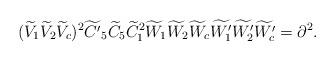
LaTeX: \begin{align*}(\widetilde{V}_1 \widetilde{V}_2 \widetilde{V}_c)^2 \widetilde{C^\prime}_5 \widetilde{C}_5 \widetilde{C}_1^2 \widetilde{W}_1 \widetilde{W}_2 \widetilde{W}_c \widetilde{W_1^\prime} \widetilde{W_2^\prime} \widetilde{W_c^\prime} = \partial^2. \end{align*}